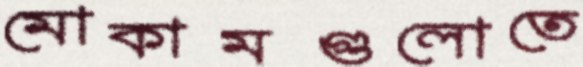
মোকামগুলোতে